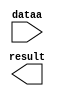
// megafunction wizard: %LPM_MULT%VBB%
// GENERATION: STANDARD
// VERSION: WM1.0
// MODULE: lpm_mult 

// ============================================================
// Megafunction Name(s):
// 			lpm_mult
//
// Simulation Library Files(s):
// 			lpm
// ============================================================
// ************************************************************
// THIS IS A WIZARD-GENERATED FILE. DO NOT EDIT THIS FILE!
//
// 16.1.0 Build 196 10/24/2016 SJ Lite Edition
// ************************************************************

//Copyright (C) 2016  Intel Corporation. All rights reserved.
//Your use of Intel Corporation's design tools, logic functions 
//and other software and tools, and its AMPP partner logic 
//functions, and any output files from any of the foregoing 
//(including device programming or simulation files), and any 
//associated documentation or information are expressly subject 
//to the terms and conditions of the Intel Program License 
//Subscription Agreement, the Intel Quartus Prime License Agreement,
//the Intel MegaCore Function License Agreement, or other 
//applicable license agreement, including, without limitation, 
//that your use is for the sole purpose of programming logic 
//devices manufactured by Intel and sold by Intel or its 
//authorized distributors.  Please refer to the applicable 
//agreement for further details.

module mult (
	dataa,
	result);

	input	[11:0]  dataa;
	output	[20:0]  result;

endmodule

// ============================================================
// CNX file retrieval info
// ============================================================
// Retrieval info: PRIVATE: AutoSizeResult NUMERIC "1"
// Retrieval info: PRIVATE: B_isConstant NUMERIC "1"
// Retrieval info: PRIVATE: ConstantB NUMERIC "480"
// Retrieval info: PRIVATE: INTENDED_DEVICE_FAMILY STRING "Cyclone IV E"
// Retrieval info: PRIVATE: LPM_PIPELINE NUMERIC "0"
// Retrieval info: PRIVATE: Latency NUMERIC "0"
// Retrieval info: PRIVATE: SYNTH_WRAPPER_GEN_POSTFIX STRING "0"
// Retrieval info: PRIVATE: SignedMult NUMERIC "0"
// Retrieval info: PRIVATE: USE_MULT NUMERIC "1"
// Retrieval info: PRIVATE: ValidConstant NUMERIC "1"
// Retrieval info: PRIVATE: WidthA NUMERIC "12"
// Retrieval info: PRIVATE: WidthB NUMERIC "9"
// Retrieval info: PRIVATE: WidthP NUMERIC "21"
// Retrieval info: PRIVATE: aclr NUMERIC "0"
// Retrieval info: PRIVATE: clken NUMERIC "0"
// Retrieval info: PRIVATE: new_diagram STRING "1"
// Retrieval info: PRIVATE: optimize NUMERIC "0"
// Retrieval info: LIBRARY: lpm lpm.lpm_components.all
// Retrieval info: CONSTANT: LPM_HINT STRING "INPUT_B_IS_CONSTANT=YES,DEDICATED_MULTIPLIER_CIRCUITRY=YES,MAXIMIZE_SPEED=5"
// Retrieval info: CONSTANT: LPM_REPRESENTATION STRING "UNSIGNED"
// Retrieval info: CONSTANT: LPM_TYPE STRING "LPM_MULT"
// Retrieval info: CONSTANT: LPM_WIDTHA NUMERIC "12"
// Retrieval info: CONSTANT: LPM_WIDTHB NUMERIC "9"
// Retrieval info: CONSTANT: LPM_WIDTHP NUMERIC "21"
// Retrieval info: USED_PORT: dataa 0 0 12 0 INPUT NODEFVAL "dataa[11..0]"
// Retrieval info: USED_PORT: result 0 0 21 0 OUTPUT NODEFVAL "result[20..0]"
// Retrieval info: CONNECT: @dataa 0 0 12 0 dataa 0 0 12 0
// Retrieval info: CONNECT: @datab 0 0 9 0 480 0 0 9 0
// Retrieval info: CONNECT: result 0 0 21 0 @result 0 0 21 0
// Retrieval info: GEN_FILE: TYPE_NORMAL mult.v TRUE
// Retrieval info: GEN_FILE: TYPE_NORMAL mult.inc FALSE
// Retrieval info: GEN_FILE: TYPE_NORMAL mult.cmp FALSE
// Retrieval info: GEN_FILE: TYPE_NORMAL mult.bsf FALSE
// Retrieval info: GEN_FILE: TYPE_NORMAL mult_inst.v TRUE
// Retrieval info: GEN_FILE: TYPE_NORMAL mult_bb.v TRUE
// Retrieval info: LIB_FILE: lpm